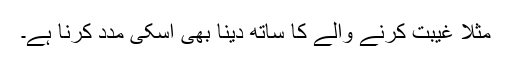
مثلا غیبت کرنے والے کا ساتھ دینا بھی اسکی مدد کرنا ہے۔